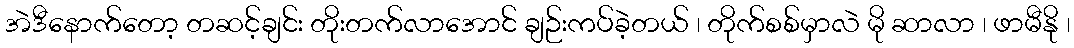
အဲဒီနောက်တော့ တဆင့်ချင်း တိုးတက်လာအောင် ချဉ်းကပ်ခဲ့တယ် ၊ တိုက်စစ်မှာလဲ မို ဆာလာ ၊ ဖာမီနို ၊